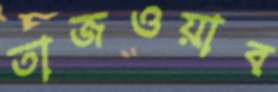
তাজওয়াব